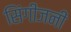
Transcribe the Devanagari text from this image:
सिंगीजनी